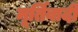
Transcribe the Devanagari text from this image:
मूर्तिवादी